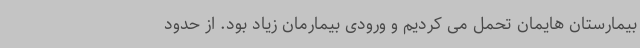
بیمارستان هایمان تحمل می کردیم و ورودی بیمارمان زیاد بود. از حدود